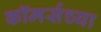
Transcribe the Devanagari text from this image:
कॉमर्सच्या